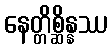
နေတ္တိစ္ဆိန္နဿ